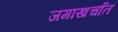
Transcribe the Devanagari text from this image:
जमाखर्चात